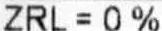
ZRL = 0%